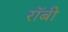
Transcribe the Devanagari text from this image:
राॅबी